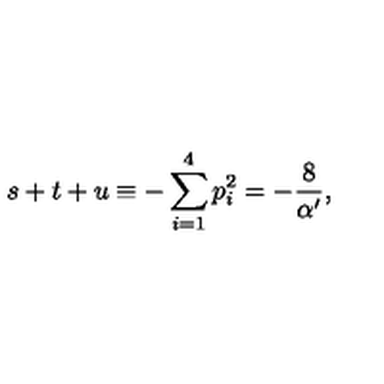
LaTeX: s + t + u \equiv - \sum _ { i = 1 } ^ { 4 } p _ { i } ^ { 2 } = - \frac { 8 } { \alpha ^ { \prime } } ,